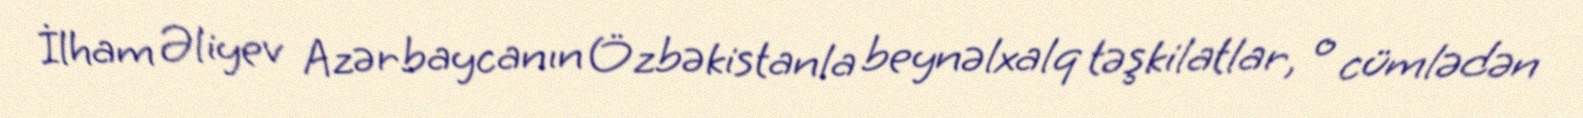
İlham Əliyev Azərbaycanın Özbəkistanla beynəlxalq təşkilatlar, o cümlədən